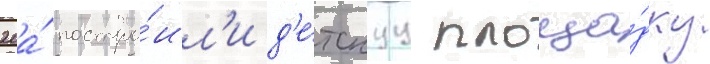
20а́ постро́ил'и д'е́тскуу площа́дку